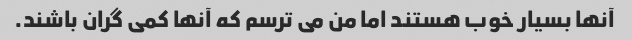
آنها بسیار خوب هستند اما من می ترسم که آنها کمی گران باشند.